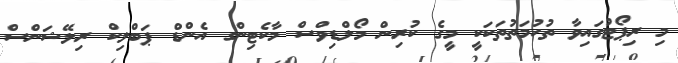
މި ރިޕޯޓުގައިވާ ތުހުމަތުތަކަކީ މީގެ ކުރިން މޯލްޑިވްސް މާކެޓިންގ އެންޑް ޕަބްލިކް ރިލޭޝަންސް